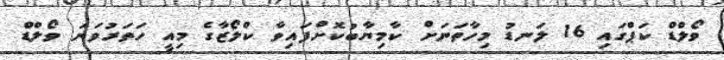
ވޯލްޑް ކަޕްގައި 16 ލަނޑު މިހާތަނަށް ކާމިޔާބުކޮށްފައިވާ ކްލޯޒާގެ މިއީ ހަތަރުވަނަ ވޯލްޑް